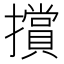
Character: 𭣁